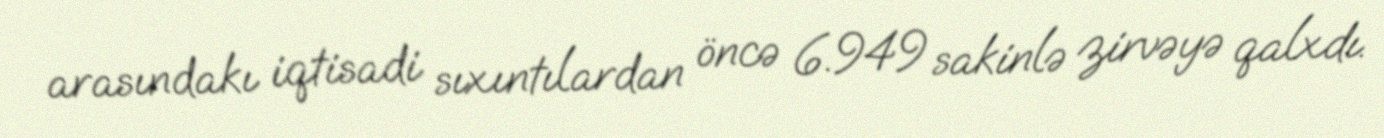
arasındakı iqtisadi sıxıntılardan öncə 6.949 sakinlə zirvəyə qalxdı.